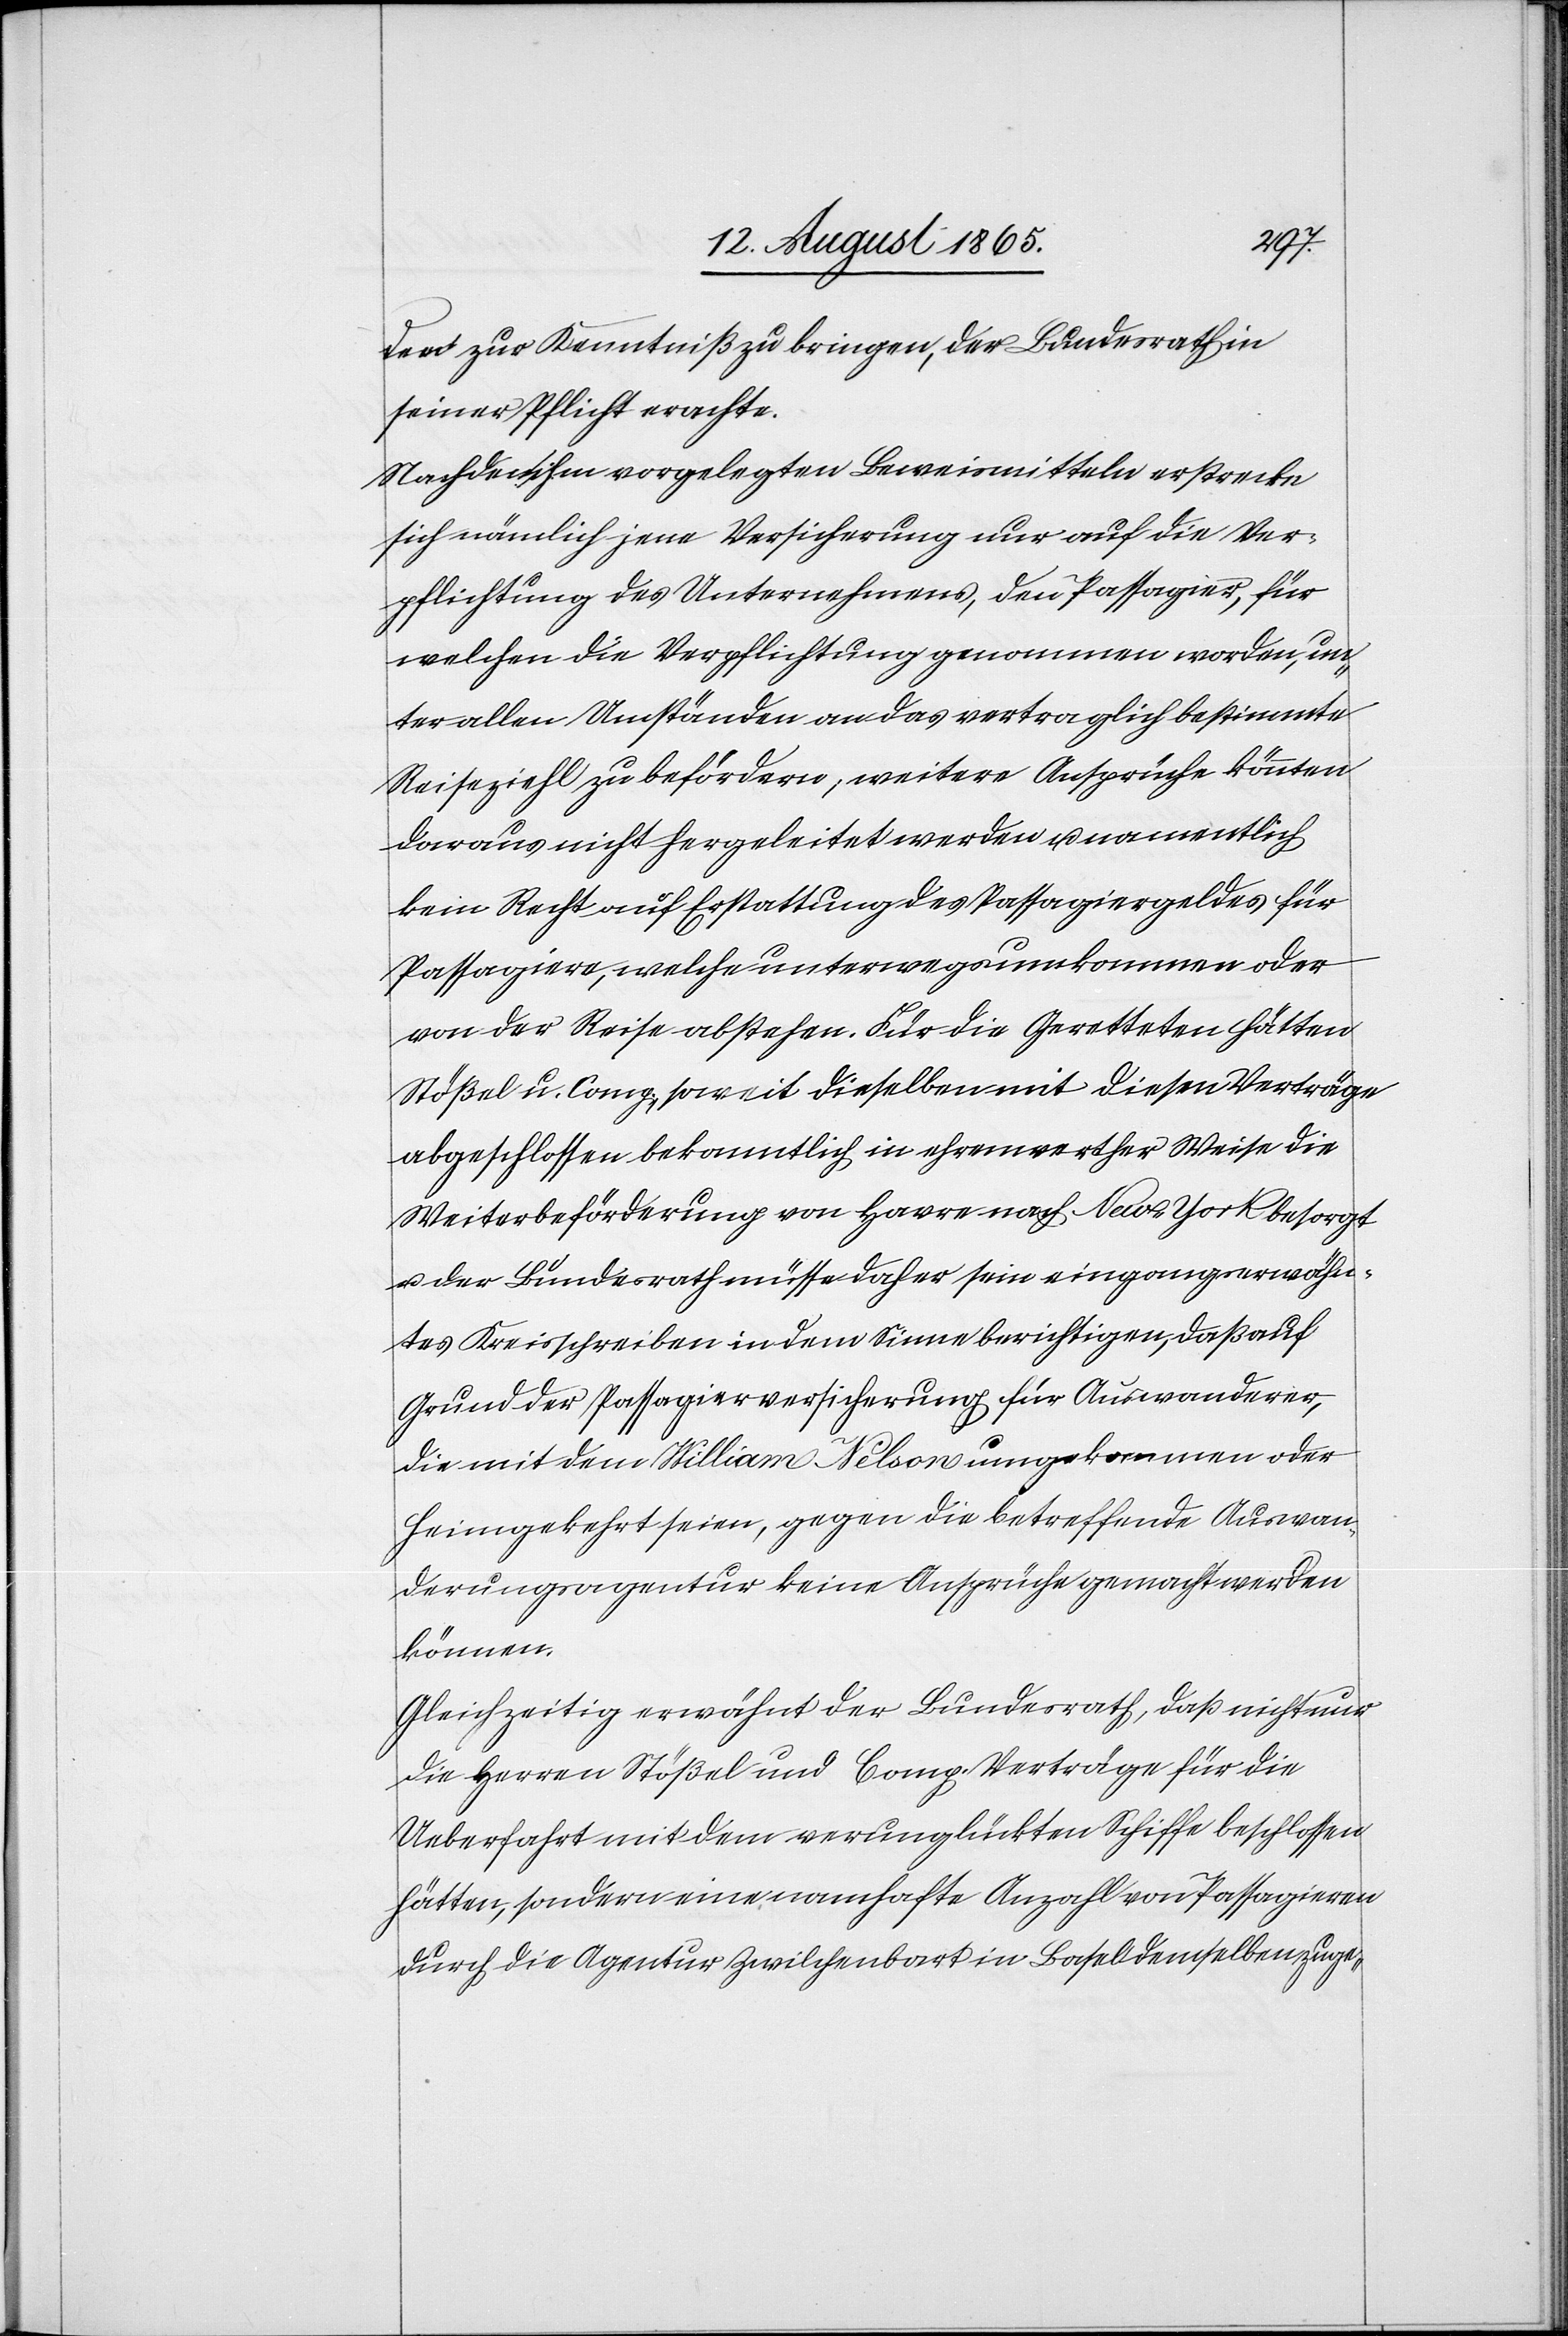
den zur Kenntniß zu bringen, der Bundesrath in
seiner Pflicht erachte.
Nach den ihm vorgelegten Beweismitteln erstrecke
sich nämlich jene Versicherung nur auf die Ver¬
pflichtung des Unternehmens, den Passagier, für
welchen die Verpflichtung genommen worden, un¬
ter allen Umständen an das vertraglich bestimmte
Reiseziehl zu befördern; weitere Ansprüche könnten
daraus nicht hergeleitet werden u. namentlich
kein Recht auf Erstattung des Passagiergeldes für
Passagiere, welche unterwegs umkommen oder
von der Reise abstehen. Für die Geretteten hätten
Stößel u. Comp., soweit dieselben mit diesen Verträge
abgeschlossen bekanntlich in ehrenwerther Weise die
Weiterbeförderung von Havre nach New-York besorgt
u. der Bundesrath müsse daher sein eingangserwähn¬
tes Kreisschreiben in dem Sinne berichtigen, daß auf
Grund der Passagierversicherung für Auswanderer,
die mit dem William Nelson umgekommen oder
heimgekehrt seien, gegen die betreffende Auswan¬
derungsagentur keine Ansprüche gemacht werden
können.
Gleichzeitig erwähnt der Bundesrath, daß nicht nur
die Herren Stößel und Comp. Verträge für die
Ueberfahrt mit dem verunglückten Schiffe beschlossen
hätten, sondern eine namhafte Anzahl von Passagieren
durch die Agentur Zwilchenbart in Basel demselben zuge-